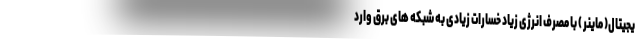
یجیتال( ماینر ) با مصرف انرژی زیاد خسارات زیادی به شبکه های برق وارد